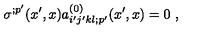
\sigma ^ { ; p ^ { \prime } } ( x ^ { \prime } , x ) a _ { i ^ { \prime } j ^ { \prime } k l ; p ^ { \prime } } ^ { ( 0 ) } ( x ^ { \prime } , x ) = 0 \ ,